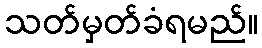
သတ်မှတ်ခံရမည်။